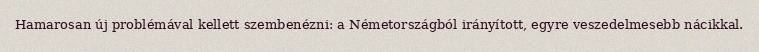
Hamarosan új problémával kellett szembenézni: a Németországból irányított, egyre veszedelmesebb nácikkal.